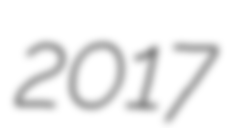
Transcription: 2017